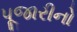
પૂજારીનો